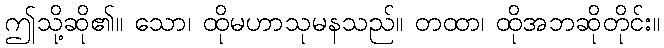
ဤသို့ဆို၏။ သော၊ ထိုမဟာသုမနသည်။ တထာ၊ ထိုအဘဆိုတိုင်း။